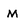
Character: M